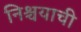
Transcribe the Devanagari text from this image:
निश्चयाची